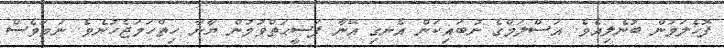
ފޮހެލަމުން ބުނެލިއެވެ. އަސްލަމްގެ ނުބައިކަން އެނގި އޭނާ ފަޟީޙަތްވުމުން ޔާނާ ހިތްހަމަޖެހުނެވެ. ނަމަވެސް